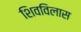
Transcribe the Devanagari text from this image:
शिवविलास